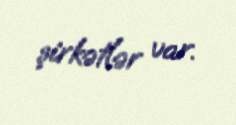
şirkətlər var.